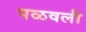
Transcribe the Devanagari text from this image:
पळवली